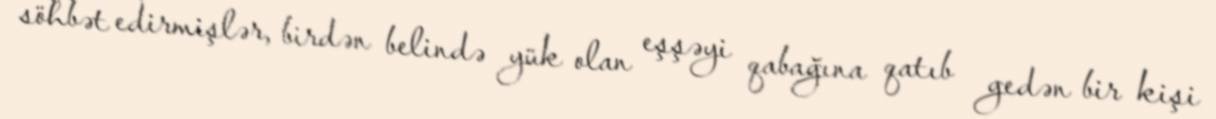
söhbət edirmişlər, birdən belində yük olan eşşəyi qabağına qatıb gedən bir kişi